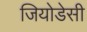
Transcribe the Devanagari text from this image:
जियोडेसी